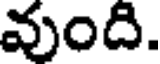
వుంది.